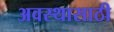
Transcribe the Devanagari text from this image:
अवस्थासाठी